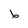
Character: 6